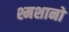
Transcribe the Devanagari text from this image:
श्मशानो